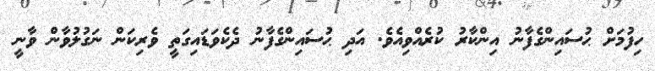
ހިފުމަށް ޙުސައިންގެފާނު އިންކާރު ކުރެއްވިއެވެ. އަދި ޙުސައިންގެފާނު ދެކެވަޑައިގަތީ ވެރިކަން ނަގުލުވާން ވާނީ